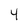
Character: 4